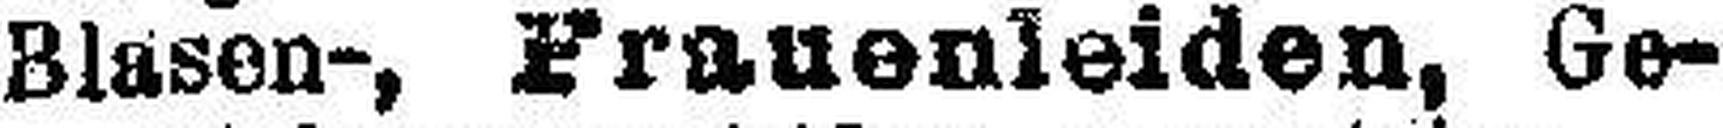
Blasen-, Frauenleiden, Ge¬